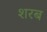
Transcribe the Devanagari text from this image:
शरब